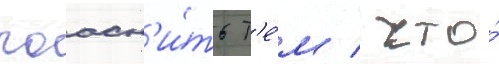
поасн'и́ть т'е́м / что́